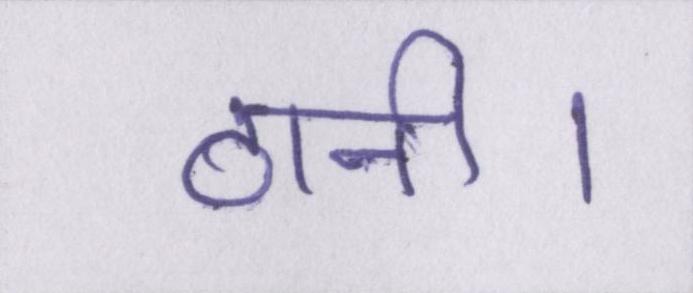
ठानी।